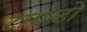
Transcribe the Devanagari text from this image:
टारान्टो